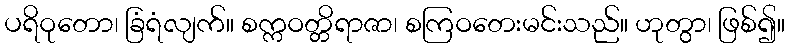
ပရိဝုတော၊ ခြံရံလျက်။ စက္ကဝတ္တိရာဇာ၊ စကြဝတေးမင်းသည်။ ဟုတွာ၊ ဖြစ်၍။